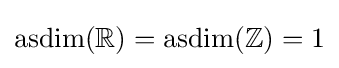
\operatorname {asdim} (\mathbb {R} )=\operatorname {asdim} (\mathbb {Z} )=1